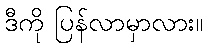
ဒီကို ပြန်လာမှာလား။